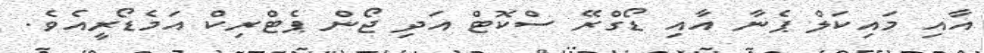
އާއި މައިކަލް ޕެނާ އާއި ޑޯގްރޭ ސްކޮޓް އަދި ޖޯން ޕެޓްރިކް އަމެޑޯރީއެވެ.